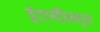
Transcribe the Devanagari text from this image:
इंटरमॉलिक्युलर